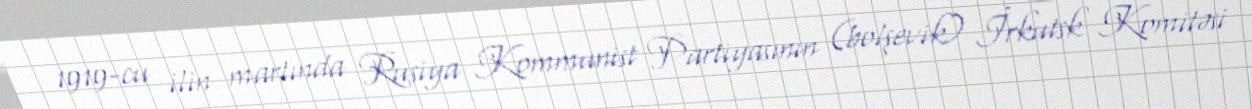
1919-cu ilin martında Rusiya Kommunist Partiyasının (bolşevik) İrkutsk Komitəsi